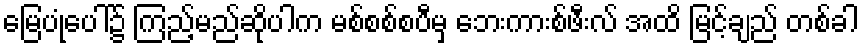
မြေပုံပေါ်၌ ကြည့်မည်ဆိုပါက မစ်စစ်စပီမှ ဘေးကားစ်ဖီးလ် အထိ မြင့်ချည် တစ်ခါ